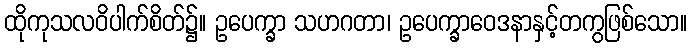
ထိုကုသလဝိပါက်စိတ်၌။ ဥပေက္ခာ သဟဂတာ၊ ဥပေက္ခာဝေဒနာနှင့်တကွဖြစ်သော။